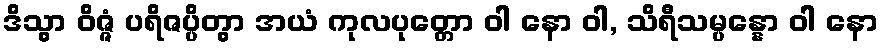
ဒိသွာ ဝိဇ္ဇံ ပရိဇပ္ပိတွာ အယံ ကုလပုတ္တော ဝါ နော ဝါ, သိရီသမ္ပန္နော ဝါ နော